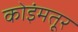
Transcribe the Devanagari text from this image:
कोइंमतूर